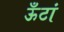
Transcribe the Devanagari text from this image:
ऊँटां